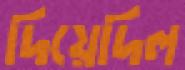
দিয়েদিল